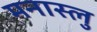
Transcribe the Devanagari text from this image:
मनास्लु